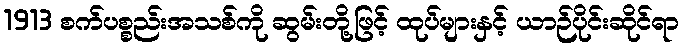
1913 စက်ပစ္စည်းအသစ်ကို ဆွမ်းတို့ဖြင့် ထုပ်များနှင့် ယာဉ်ပိုင်းဆိုင်ရာ